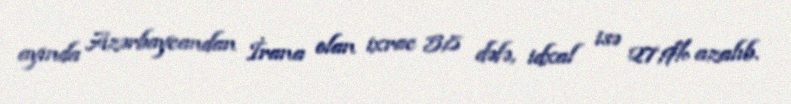
ayında Azərbaycandan İrana olan ixrac 5,8 dəfə, idxal isə 27,9% azalıb.